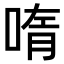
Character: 𫪳